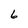
Character: 6